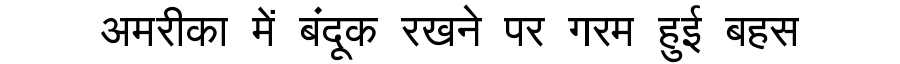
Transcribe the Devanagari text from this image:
अमरीका में बंदूक रखने पर गरम हुई बहस